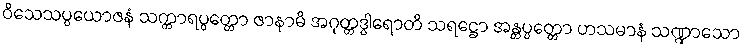
ဝိသေသပ္ပယောဇနံ သက္ကာရပ္ပတ္တော ဇာနာမိ အဂုတ္တဒွါရောတိ သရဋ္ဌော အန္တပ္ပတ္တော ဟသမာနံ သဏ္ဍာသော